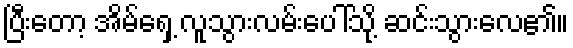
ပြီးတော့ အိမ်ရှေ့ လူသွားလမ်းပေါ်သို့ ဆင်းသွားလေ၏။